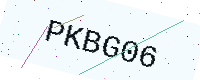
Text: PKBG06